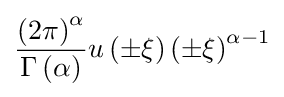
{\frac {\left(2\pi \right)^{\alpha }}{\Gamma \left(\alpha \right)}}u\left(\pm \xi \right)\left(\pm \xi \right)^{\alpha -1}